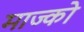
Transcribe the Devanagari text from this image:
माज्को